Vaccination in the Punjab 1905-1918 - 1905-1918
Year: 1905
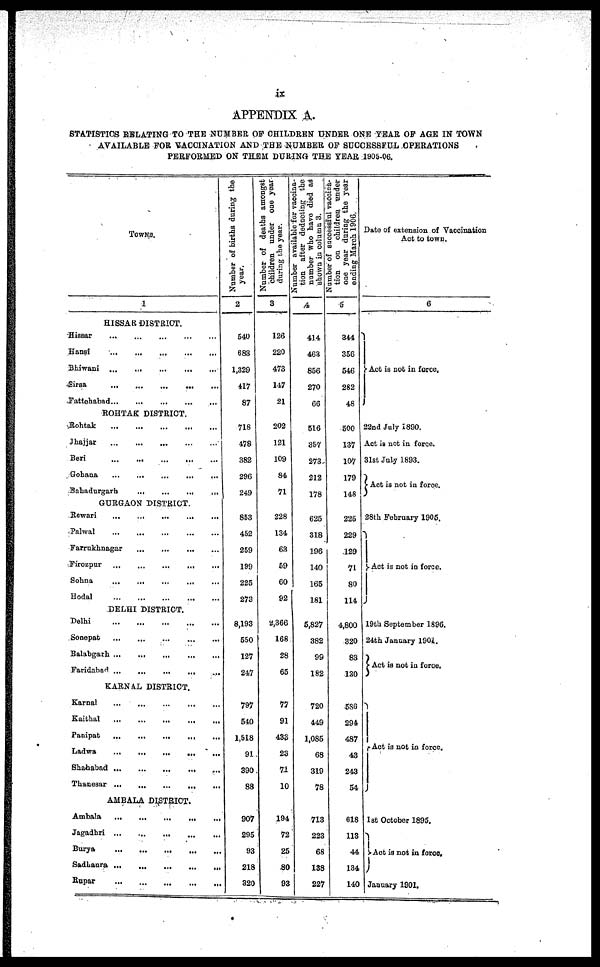
ix
APPENDIX A.
STATISTICS RELATING TO THE NUMBER OF CHILDREN UNDER ONE YEAR OF AGE IN TOWN
AVAILABLE FOR VACCINATION AND THE NUMBER OF SUCCESSFUL OPERATIONS
PERFORMED ON THEM DURING THE YEAR 1905-06.
TOWNS.
1
HISSAR DISTRICT.
Hissar
...
...
...
...
...
Hansi
...
...
...
...
...
Bhiwani
...
...
...
...
...
Sirsa
...
...
...
...
...
Fattehabad ... ... ... ... ...
ROHTAK DISTRICT.
Rohtak
...
...
...
...
...
Jhajjar
...
...
...
...
...
Beri
...
...
...
...
...
Gohana
Bahadurgarh
...
...
...
...
...
GURGAON DISTRICT.
Rewari
...
...
...
...
...
Palwal
...
...
...
...
...
Farrukhnagar ... ... ... ...
Fírozpur
...
...
...
...
...
Sohna
...
...
...
...
...
Hodal
...
...
...
...
...
DELHI DISTRICT.
Delhi
...
...
...
...
...
Sonepat
...
...
...
...
...
Balabgarh
...
...
...
...
...
Faridabad
...
...
...
...
...
KARNAL DISTRICT.
Karnal
...
...
...
...
...
Kaithal
...
...
...
...
...
Panipat
...
...
...
...
...
Ladwa
...
...
...
...
...
Shahabad
...
...
...
...
...
Thanesar
...
...
...
...
...
AMBALA DISTRICT.
Ambala ... ... ... ... ...
Jagadhri
...
...
...
...
...
Burya
...
...
...
...
...
Sadhaura
...
...
...
...
...
Rupar
...
...
...
...
...
Number of births during the
year.
2
540
683
1,329
417
87
718
478
382
296
249
853
452
259
199
225
273
8,193
550
127
247
797
540
1,518
91
390
88
907
295
93
218
320
Number of deaths amongst
children under one year
during the year.
3
126
220
473
147
21
202
121
109
84
71
228
134
63
59
60
92
2,366
168
28
65
77
91
433
23
71
10
194
72
25
80
93
Number available for vaccina-
tion after deducting the
number who have died as
shown in column 3.
4
414
463
856
270
66
516
357
273
212
178
625
318
196
140
165
181
5,827
382
99
182
720
449
1,085
68
319
78
713
223
68
138
227
Number of successful vaccina-
tion on children under
one year during the year
ending March 1906
5
344
356
546
282
48
500
137
107
179
148
225
229
129
71
80
114
4,800
320
83
130
586
294
487
43
243
54
618
113
44
134
140
Date of extension of Vaccination
Act to town.
6
Act is not in force.
22nd July 1890.
Act is not in force.
31st July 1893.
Act is not in force.
28th February 1905.
Act is not in force.
19th September 1896.
24th January 1901.
Act is not in force.
Act is not in force.
1st October 1895.
Act is not in force.
January 1901.